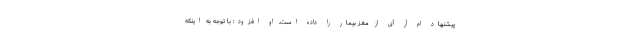
پیشنهاد ام آر آی از مغز بیمار را داده است. او افزود: با توجه به اینکه